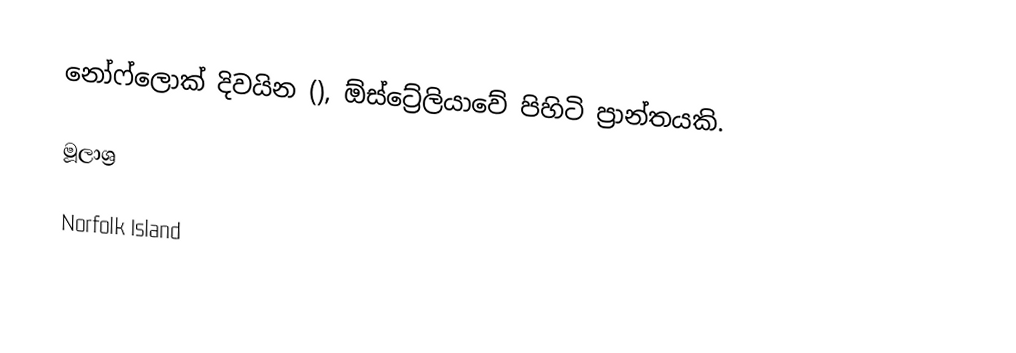
නෝෆ්ලොක් දිවයින (), ඕස්ට්‍රේලියාවේ පිහිටි ප්‍රාන්තයකි.

මූලාශ්‍ර

Norfolk Island